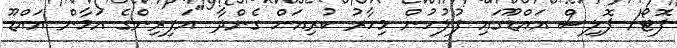
ފޮޓޯ/ ޕޮލިސް އައްޑޫގައި ފުލުހުން މިހާރު ކުރިއަށް ގެންދާ "އަފިރިންގެ އަމާން އައްޑޫ